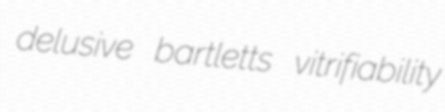
delusive bartletts vitrifiability